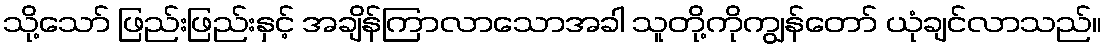
သို့သော် ဖြည်းဖြည်းနှင့် အချိန်ကြာလာသောအခါ သူတို့ကိုကျွန်တော် ယုံချင်လာသည်။